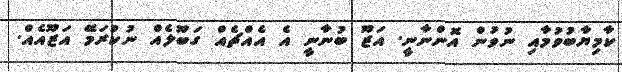
ކާމިޔާބުވުމާއި ނުވުން އޮންނާނީ. އަޒޫ ބުނާނީ އެ އެއްޗެއް ގަބޫލެއް ނުކުރަމޭ އަޒޫއެއް.